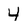
Character: 4